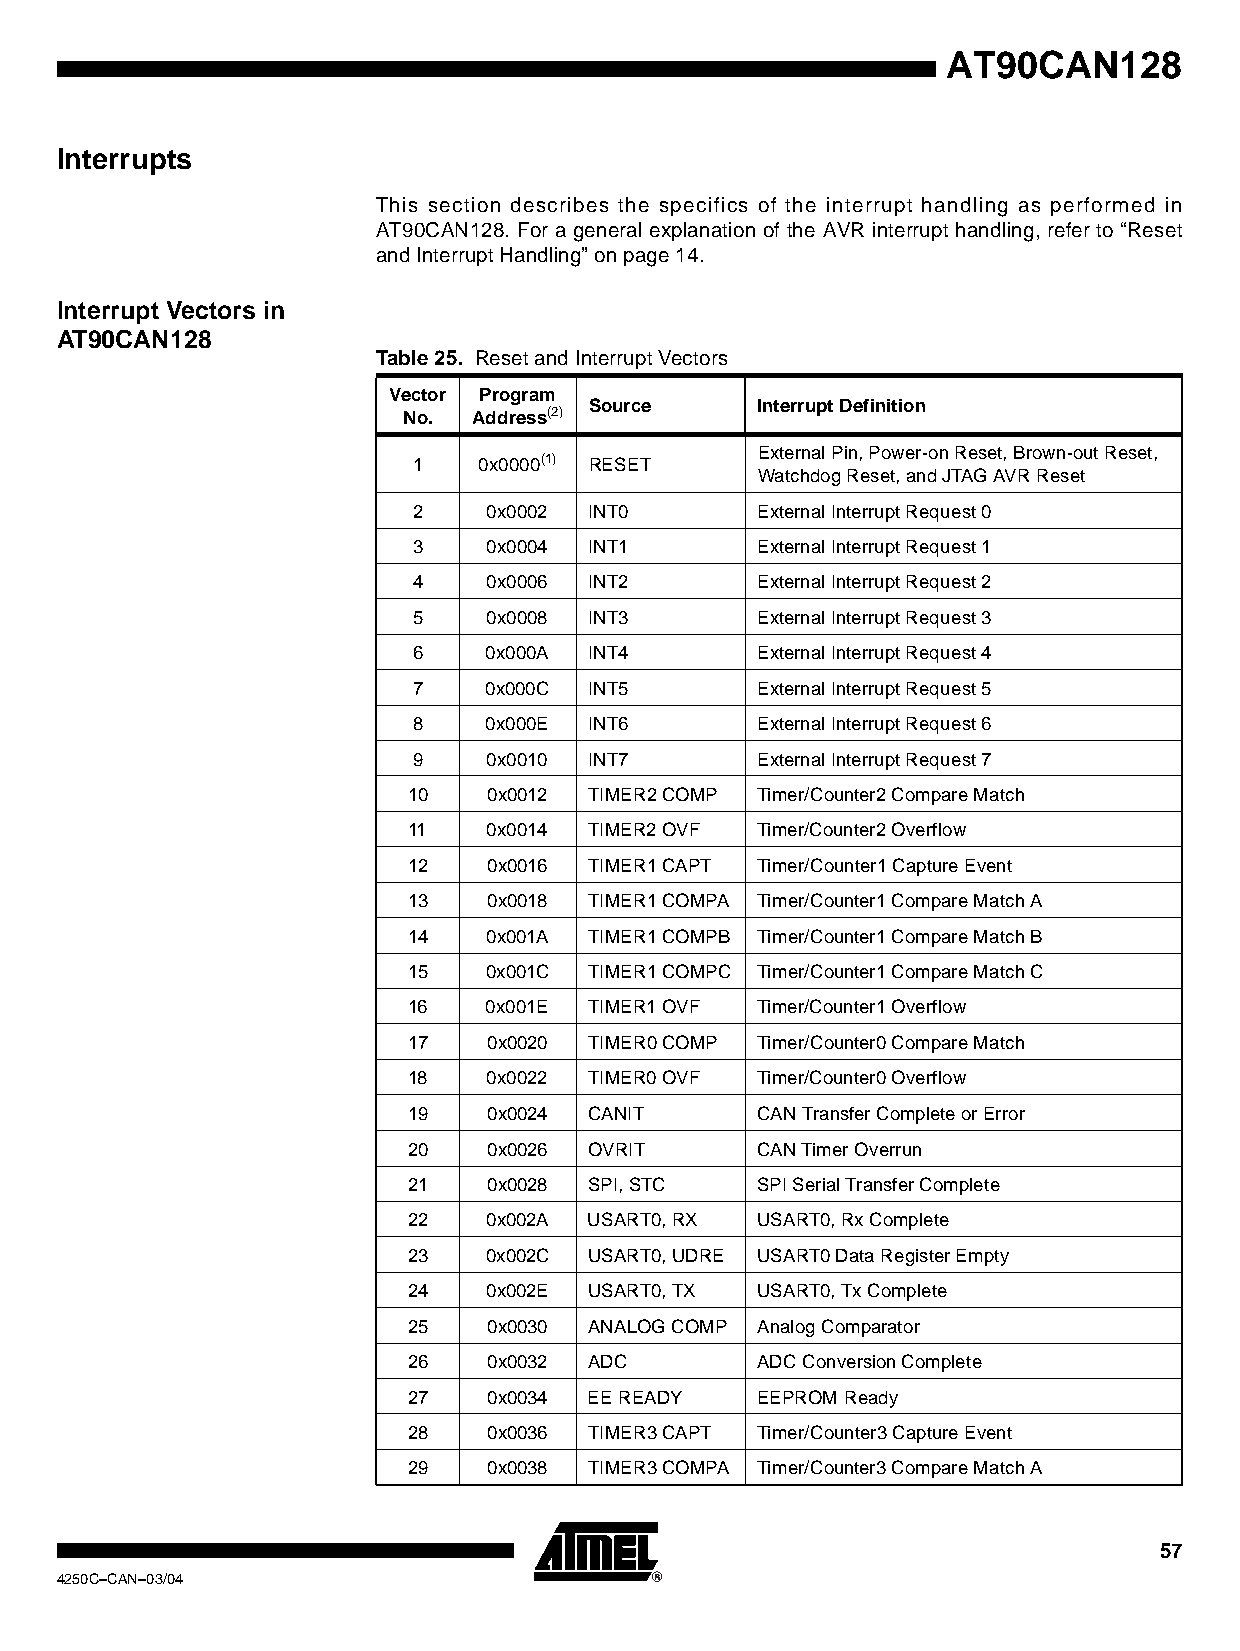
AT90CAN128
 Interrupts
 This section describes the specifics of the interrupt handling as performed in
 AT90CAN128. For a general explanation of the AVR interrupt handling, refer to “Reset
 and Interrupt Handling” on page 14.
 Interrupt Vectors in
 AT90CAN128
 Table 25. Reset and Interrupt Vectors
 Vector Program
 Source     Interrupt Definition
 No. Address(2)
 External Pin, Power-on Reset, Brown-out Reset,
 1    0x0000(1) RESET
 Watchdog Reset, and JTAG AVR Reset
 2    0x0002 INT0       External Interrupt Request 0
 3    0x0004 INT1       External Interrupt Request 1
 4    0x0006 INT2       External Interrupt Request 2
 5    0x0008 INT3       External Interrupt Request 3
 6    0x000A INT4       External Interrupt Request 4
 7    0x000C INT5       External Interrupt Request 5
 8    0x000E INT6       External Interrupt Request 6
 9    0x0010 INT7       External Interrupt Request 7
 10   0x0012 TIMER2 COMP Timer/Counter2 Compare Match
 11   0x0014 TIMER2 OVF Timer/Counter2 Overflow
 12   0x0016 TIMER1 CAPT Timer/Counter1 Capture Event
 13   0x0018 TIMER1 COMPA Timer/Counter1 Compare Match A
 14   0x001A TIMER1 COMPB Timer/Counter1 Compare Match B
 15   0x001C TIMER1 COMPC Timer/Counter1 Compare Match C
 16   0x001E TIMER1 OVF Timer/Counter1 Overflow
 17   0x0020 TIMER0 COMP Timer/Counter0 Compare Match
 18   0x0022 TIMER0 OVF Timer/Counter0 Overflow
 19   0x0024 CANIT      CAN Transfer Complete or Error
 20   0x0026 OVRIT      CAN Timer Overrun
 21   0x0028 SPI, STC   SPI Serial Transfer Complete
 22   0x002A USART0, RX USART0, Rx Complete
 23   0x002C USART0, UDRE USART0 Data Register Empty
 24   0x002E USART0, TX USART0, Tx Complete
 25   0x0030 ANALOG COMP Analog Comparator
 26   0x0032 ADC        ADC Conversion Complete
 27   0x0034 EE READY   EEPROM Ready
 28   0x0036 TIMER3 CAPT Timer/Counter3 Capture Event
 29   0x0038 TIMER3 COMPA Timer/Counter3 Compare Match A
 57
 4250C–CAN–03/04